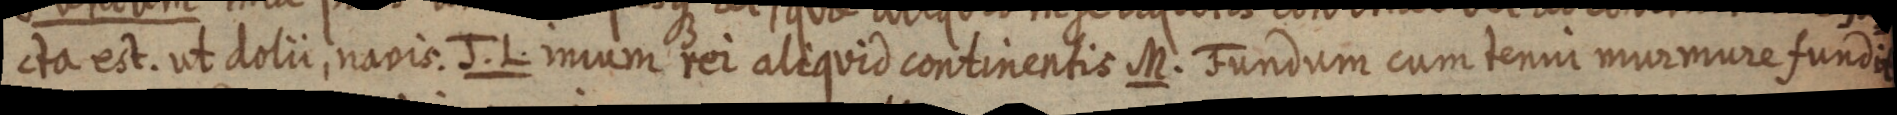
cta est. ut dolii, navis. J. L. inium rei aliquid continentis M. Fundum cum tenni murmure fundit